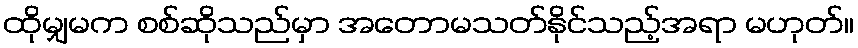
ထိုမျှမက စစ်ဆိုသည်မှာ အတောမသတ်နိုင်သည့်အရာ မဟုတ်။